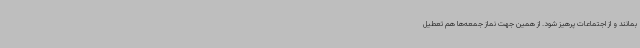
بمانند و از اجتماعات پرهیز شود. از همین جهت نماز جمعه‌ها هم تعطیل